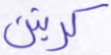
كرتين